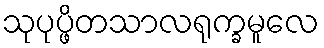
သုပုပ္ဖိတသာလရုက္ခမူလေ